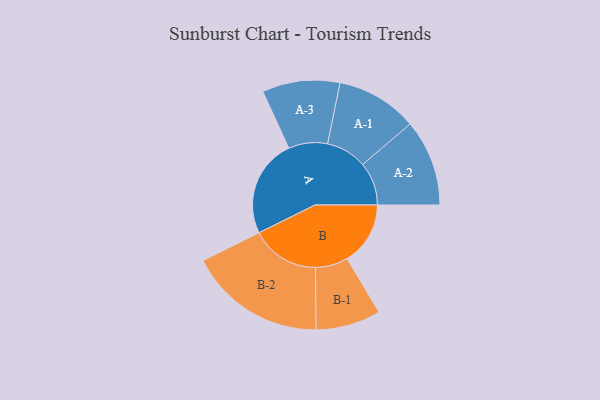
{"axis": {"x": "Segment", "y": "Value"}, "legend": ["", "A", "B"], "data": [{"x": "A", "y": 422, "type": ""}, {"x": "B", "y": 272, "type": ""}, {"x": "A-1", "y": 175, "type": "A"}, {"x": "A-2", "y": 186, "type": "A"}, {"x": "A-3", "y": 167, "type": "A"}, {"x": "B-1", "y": 140, "type": "B"}, {"x": "B-2", "y": 295, "type": "B"}]}